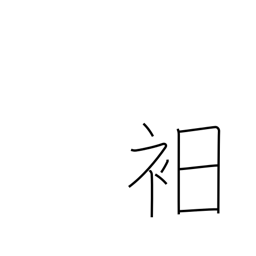
Meaning: underwear